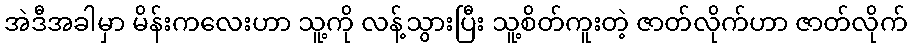
အဲဒီအခါမှာ မိန်းကလေးဟာ သူ့ကို လန့်သွားပြီး သူ့စိတ်ကူးတဲ့ ဇာတ်လိုက်ဟာ ဇာတ်လိုက်